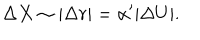
\Delta X \sim | \Delta r | = \alpha ^ { \prime } | \Delta U | .